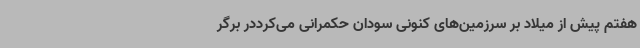
هفتم پیش از میلاد بر سرزمین‌های کنونی سودان حکمرانی می‌کرددر برگر